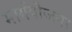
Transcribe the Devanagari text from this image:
मार्गयोजना